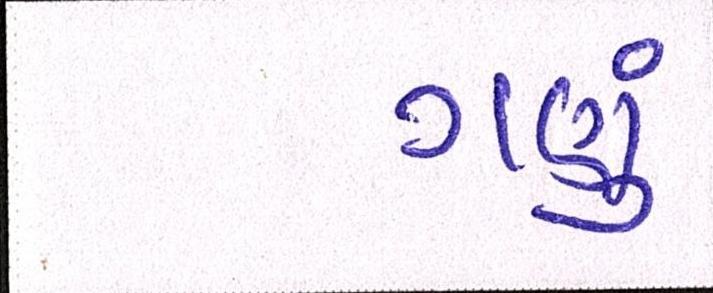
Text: ગણું